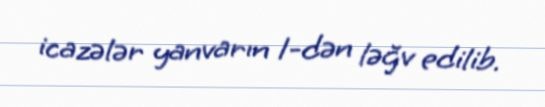
icazələr yanvarın 1-dən ləğv edilib.